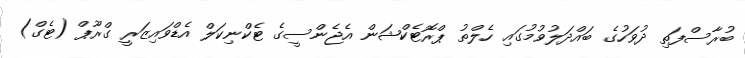
ބުރާސްފަތި ދުވަހުގެ ބައްދަލުވުމުގައި ހެލްތު ޕްރޮޓެކްޝަން އެޖެންސީގެ ޓެކްނިކަލް އެޑްވައިޒަރީ ގްރޫޕް (ޓެގް)